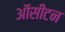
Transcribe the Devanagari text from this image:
ऑसीटन